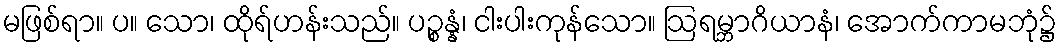
မဖြစ်ရာ။ ပ။ သော၊ ထိုရ်ဟန်းသည်။ ပဉ္စန္နံ၊ ငါးပါးကုန်သော။ ဩရမ္ဘာဂိယာနံ၊ အောက်ကာမဘုံ၌